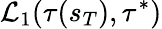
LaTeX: \mathcal L_{1}(\tau(s_{T}),\tau^{*})